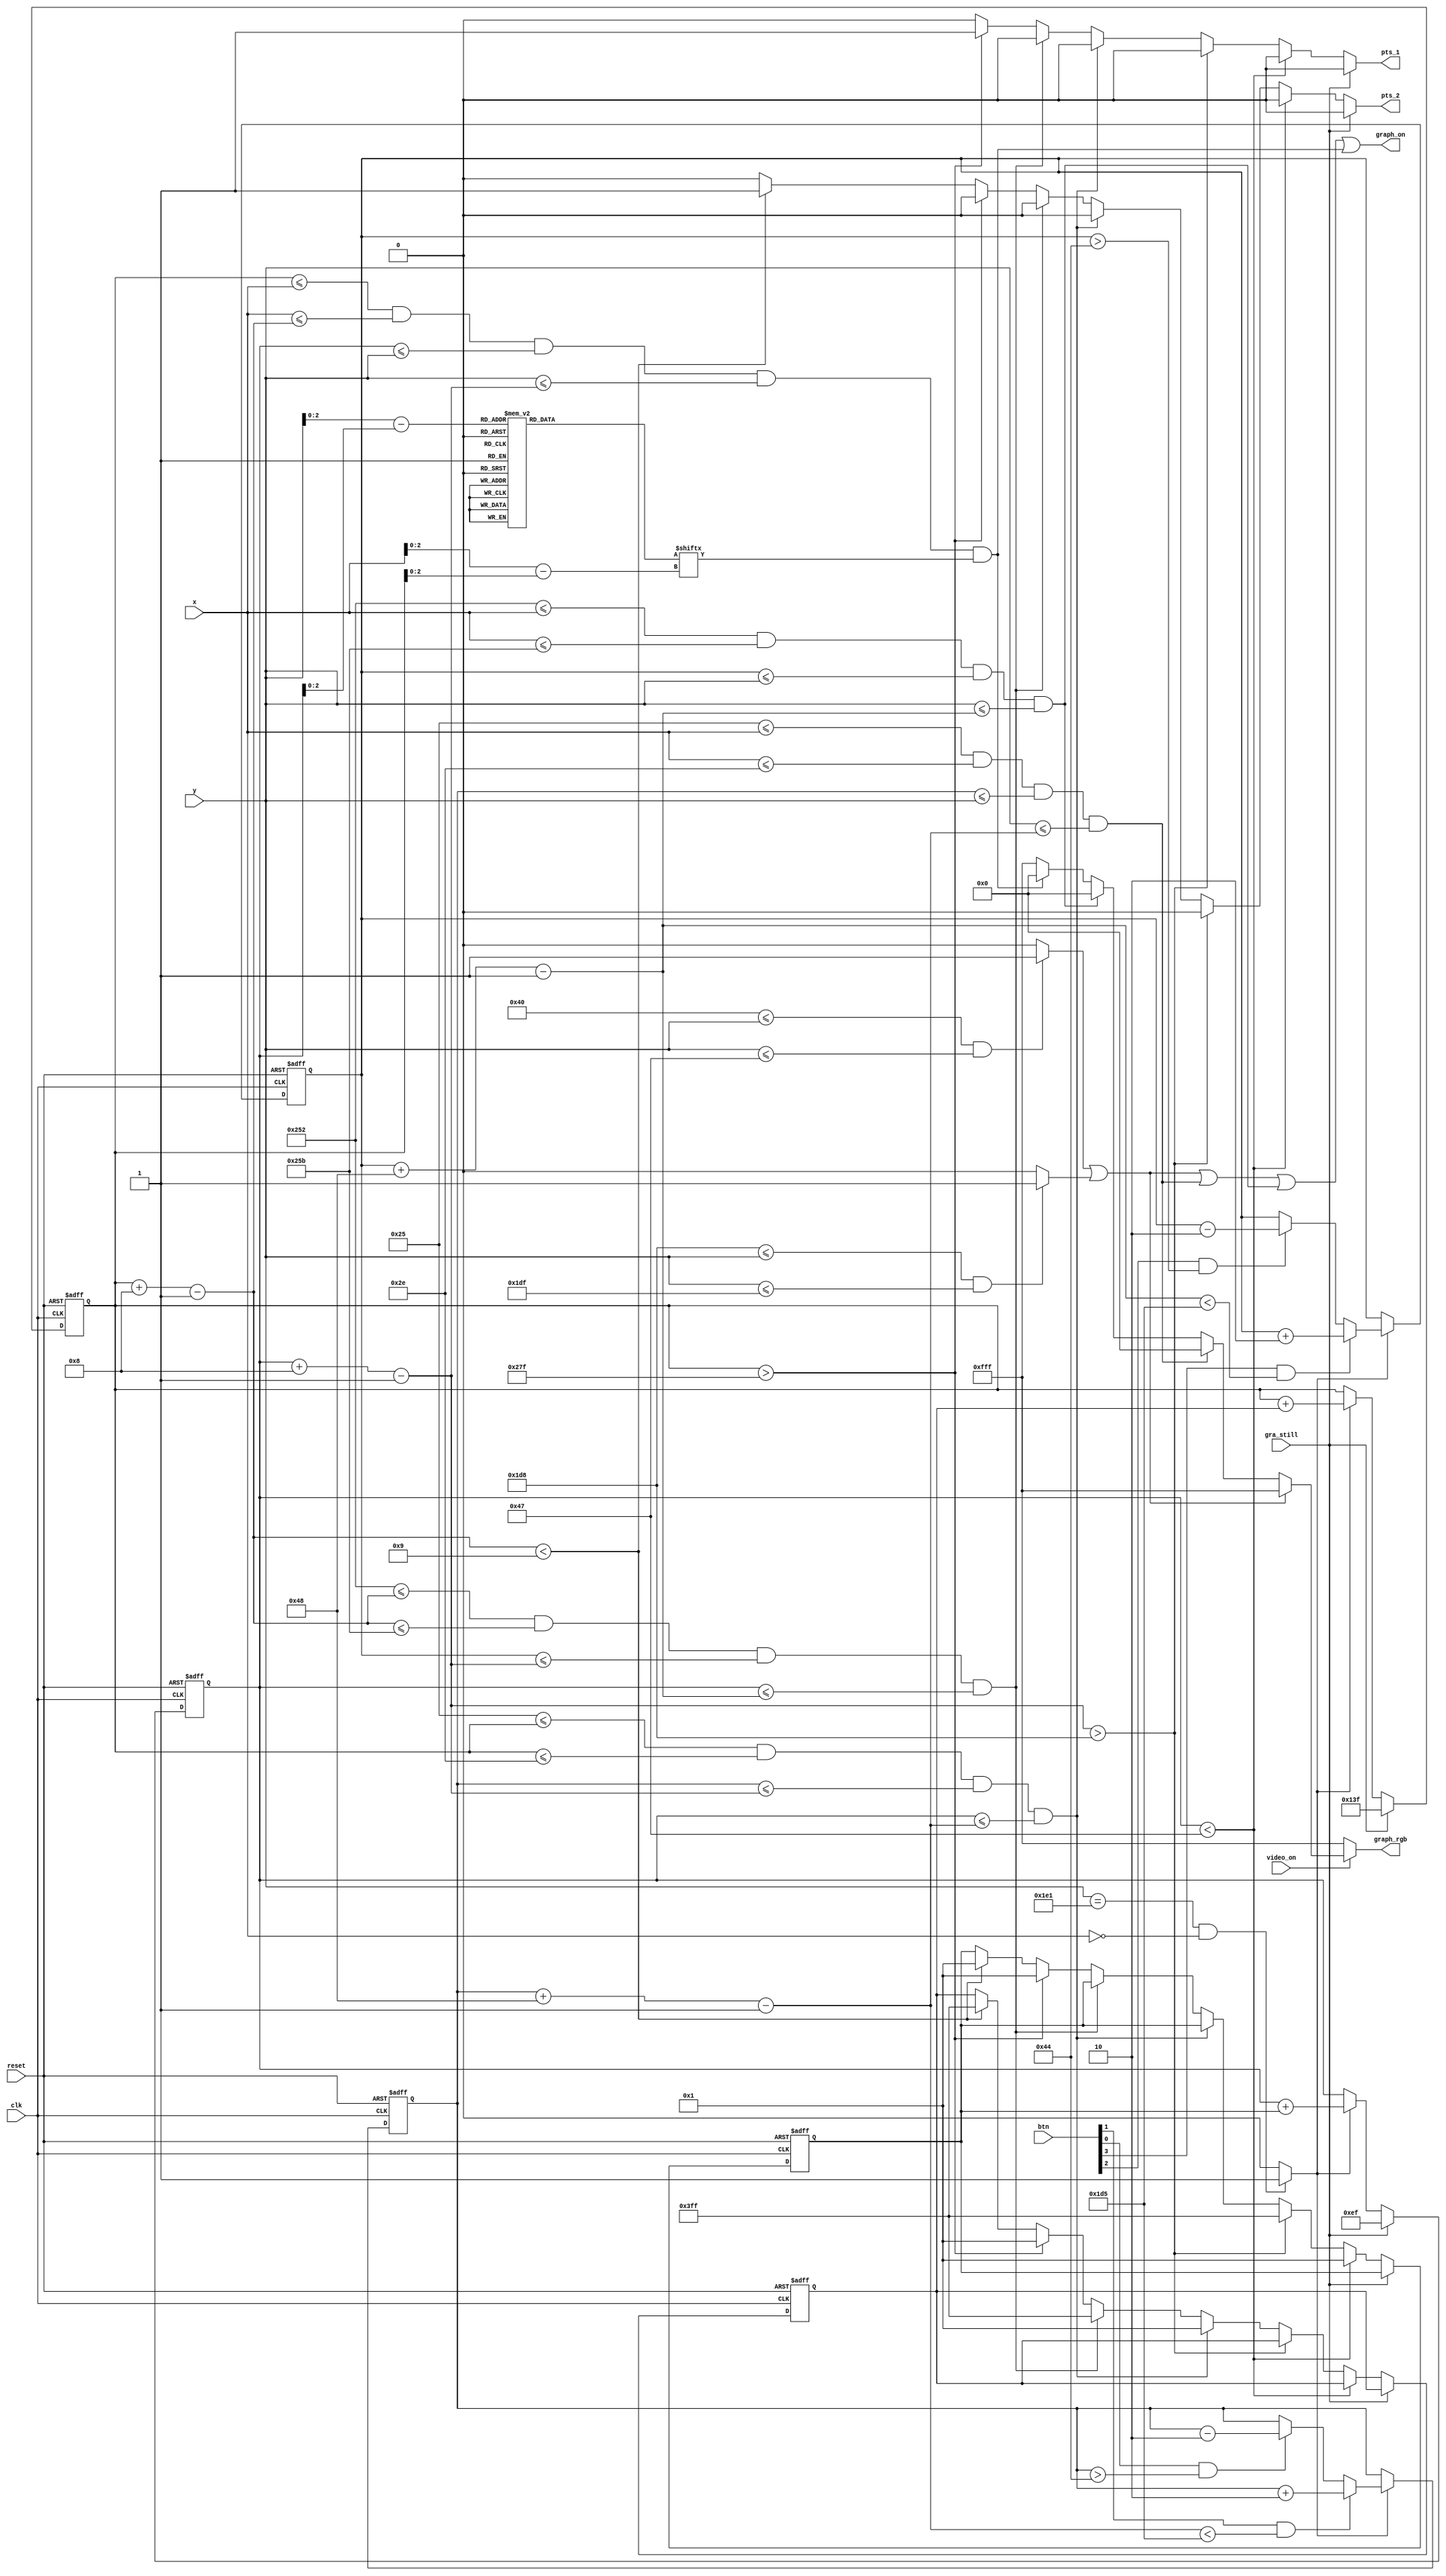
`timescale 1ns / 1ps
//////////////////////////////////////////////////////////////////////////////////
// Reference book: "FPGA Prototyping by Verilog Examples"
//                      "Xilinx Spartan-3 Version"
// Written by: Dr. Pong P. Chu
// Published by: Wiley, 2008
//
// Adapted for Basys 3 by David J. Marion aka FPGA Dude
//
//////////////////////////////////////////////////////////////////////////////////

module graphic_output(
    input clk,  
    input reset,    
    input [3:0] btn,        // btn[0] = 1up, btn[1] = 1down, btn[2] = 2up, btn[3] = 2down
    input gra_still,        // still graphics - newgame, game over states
    input video_on,
    input [9:0] x,
    input [9:0] y,
    output graph_on,
    output reg pts_1,   // Add points to _
    output reg pts_2,
    output reg [11:0] graph_rgb
    );
    
    // maximum x, y values in display area
    parameter X_MAX = 639;
    parameter Y_MAX = 479;
    
    // create 60Hz refresh tick
    wire refresh_tick;
    assign refresh_tick = ((y == 481) && (x == 0)) ? 1 : 0; // start of vsync(vertical retrace)
    
    
    // WALLS
    // LEFT wall boundaries
//    parameter L_WALL_L = 32;    
//    parameter L_WALL_R = 39;    // 8 pixels wide
    // TOP wall boundaries
    parameter T_WALL_T = 64;    
    parameter T_WALL_B = 71;    // 8 pixels wide
    // BOTTOM wall boundaries
    parameter B_WALL_T = 472;    
    parameter B_WALL_B = 479;    // 8 pixels wide
    
    
    
    // PADDLE_1
    // paddle horizontal boundaries
    parameter X_PAD1_L = 37;
    parameter X_PAD1_R = 46;    // 4 pixels wide
    // paddle vertical boundary signals
    wire [9:0] y_pad1_t, y_pad1_b;
    parameter PAD1_HEIGHT = 72;  // 72 pixels high
    // register to track top boundary and buffer
    reg [9:0] y_pad1_reg = 204;      // Paddle starting position
    reg [9:0] y_pad1_next;
    // paddle moving velocity when a button is pressed
    parameter PAD1_VELOCITY = 2;     // change to speed up or slow down paddle movement
    
    // PADDLE_2
    // paddle horizontal boundaries
    parameter X_PAD2_L = 594;
    parameter X_PAD2_R = 603;    // 4 pixels wide
    // paddle vertical boundary signals
    wire [9:0] y_pad2_t, y_pad2_b;
    parameter PAD2_HEIGHT = 72;  // 72 pixels high
    // register to track top boundary and buffer
    reg [9:0] y_pad2_reg = 204;      // Paddle starting position
    reg [9:0] y_pad2_next;
    // paddle moving velocity when a button is pressed
    parameter PAD2_VELOCITY = 2;     // change to speed up or slow down paddle movement
    
    // BALL
    // square rom boundaries
    parameter BALL_SIZE = 8; //8
    // ball horizontal boundary signals
    wire [9:0] x_ball_l, x_ball_r;
    // ball vertical boundary signals
    wire [9:0] y_ball_t, y_ball_b;
    // register to track top left position
    reg [9:0] y_ball_reg, x_ball_reg;
    // signals for register buffer
    wire [9:0] y_ball_next, x_ball_next;
    // registers to track ball speed and buffers
    reg [9:0] x_delta_reg, x_delta_next;
    reg [9:0] y_delta_reg, y_delta_next;
    // positive or negative ball velocity
    parameter BALL_VELOCITY_POS = 1;    // ball speed positive pixel direction(down, right)
    parameter BALL_VELOCITY_NEG = -1;   // ball speed negative pixel direction(up, left)
    // round ball from square image
    wire [2:0] rom_addr, rom_col;   // 3-bit rom address and rom column
    reg [7:0] rom_data;             // data at current rom address
    wire rom_bit;                   // signify when rom data is 1 or 0 for ball rgb control
    
    
    // Register Control
    always @(posedge clk or posedge reset)
        if(reset) begin
            y_pad1_reg <= 204;
            y_pad2_reg <= 204;
            x_ball_reg <= 0;
            y_ball_reg <= 0;
            x_delta_reg <= -10'h001;
            y_delta_reg <= 10'h001;
        end
        else begin
            y_pad1_reg <= y_pad1_next;
            y_pad2_reg <= y_pad2_next;
            x_ball_reg <= x_ball_next;
            y_ball_reg <= y_ball_next;
            x_delta_reg <= x_delta_next;
            y_delta_reg <= y_delta_next;
        end
    
    
    // ball rom
    always @*
        case(rom_addr)
            3'b000 :    rom_data = 8'b00111100; //   ****  
            3'b001 :    rom_data = 8'b01111110; //  ******
            3'b010 :    rom_data = 8'b01111110; //  ******
            3'b011 :    rom_data = 8'b11111111; // ********
            3'b100 :    rom_data = 8'b11111111; // ********
            3'b101 :    rom_data = 8'b01111110; //  ******
            3'b110 :    rom_data = 8'b01111110; //  ******
            3'b111 :    rom_data = 8'b00111100; //   ****
        endcase
    
    
    // OBJECT STATUS SIGNALS
    wire t_wall_on, b_wall_on, pad1_on, pad2_on, sq_ball_on, ball_on;
    wire [11:0] wall_rgb, pad1_rgb, pad2_rgb, ball_rgb, bg_rgb;
    
    
    // pixel within wall boundaries
//    assign l_wall_on = ((L_WALL_L <= x) && (x <= L_WALL_R)) ? 1 : 0;
    assign t_wall_on = ((T_WALL_T <= y) && (y <= T_WALL_B)) ? 1 : 0;
    assign b_wall_on = ((B_WALL_T <= y) && (y <= B_WALL_B)) ? 1 : 0;
    
    
    // assign object colors
    assign wall_rgb   = 12'hFFF;    // blue walls
    assign pad1_rgb    = 12'h000;    // blue paddle
    assign pad2_rgb    = 12'h000;    // green paddle
    assign ball_rgb   = 12'h000;    // red ball
    assign bg_rgb     = 12'hFFF;    // black background
    
    // paddle_1
    assign y_pad1_t = y_pad1_reg;                             // paddle top position
    assign y_pad1_b = y_pad1_t + PAD1_HEIGHT - 1;              // paddle bottom position
    assign pad1_on = (X_PAD1_L <= x) && (x <= X_PAD1_R) &&     // pixel within paddle boundaries
                    (y_pad1_t <= y) && (y <= y_pad1_b);
       
    // paddle_2
    assign y_pad2_t = y_pad2_reg;                             // paddle top position
    assign y_pad2_b = y_pad2_t + PAD2_HEIGHT - 1;              // paddle bottom position
    assign pad2_on = (X_PAD2_L <= x) && (x <= X_PAD2_R) &&     // pixel within paddle boundaries
                    (y_pad2_t <= y) && (y <= y_pad2_b);
       
                    
    // Paddle_1 Control
    always @* begin
        y_pad1_next = y_pad1_reg;     // no move
        
        if(refresh_tick)
            if(btn[1] & (y_pad1_b < (B_WALL_T - 1 - PAD1_VELOCITY)))
                y_pad1_next = y_pad1_reg + PAD1_VELOCITY;  // move down
            else if(btn[0] & (y_pad1_t > (T_WALL_B - 1 - PAD1_VELOCITY)))
                y_pad1_next = y_pad1_reg - PAD1_VELOCITY;  // move up
    end
    
    // Paddle_2 Control
    always @* begin
        y_pad2_next = y_pad2_reg;     // no move
        
        if(refresh_tick)
            if(btn[3] & (y_pad2_b < (B_WALL_T - 1 - PAD2_VELOCITY)))
                y_pad2_next = y_pad2_reg + PAD2_VELOCITY;  // move down
            else if(btn[2] & (y_pad2_t > (T_WALL_B - 1 - PAD2_VELOCITY)))
                y_pad2_next = y_pad2_reg - PAD2_VELOCITY;  // move up
    end
    
    
    // rom data square boundaries
    assign x_ball_l = x_ball_reg;
    assign y_ball_t = y_ball_reg;
    assign x_ball_r = x_ball_l + BALL_SIZE - 1;
    assign y_ball_b = y_ball_t + BALL_SIZE - 1;
    // pixel within rom square boundaries
    assign sq_ball_on = (x_ball_l <= x) && (x <= x_ball_r) &&
                        (y_ball_t <= y) && (y <= y_ball_b);
    // map current pixel location to rom addr/col
    assign rom_addr = y[2:0] - y_ball_t[2:0];   // 3-bit address
    assign rom_col = x[2:0] - x_ball_l[2:0];    // 3-bit column index
    assign rom_bit = rom_data[rom_col];         // 1-bit signal rom data by column
    // pixel within round ball
    assign ball_on = sq_ball_on & rom_bit;      // within square boundaries AND rom data bit == 1
 
  
    // new ball position
    assign x_ball_next = (gra_still) ? X_MAX / 2 :
                         (refresh_tick) ? x_ball_reg + x_delta_reg : x_ball_reg;
    assign y_ball_next = (gra_still) ? Y_MAX / 2 :
                         (refresh_tick) ? y_ball_reg + y_delta_reg : y_ball_reg;
    
    // change ball direction after collision
    always @* begin
        pts_1 = 1'b0;
        pts_2 = 1'b0;
        x_delta_next = x_delta_reg;
        y_delta_next = y_delta_reg;
        
        if(gra_still) begin

        end
        
        else if(y_ball_t < T_WALL_B)                   // reach top
            y_delta_next = BALL_VELOCITY_POS;   // move down
        
        else if(y_ball_b > (B_WALL_T))         // reach bottom wall
            y_delta_next = BALL_VELOCITY_NEG;   // move up
        
        //tod
//        else if(x_ball_l <= X_PAD1_R)           // reach left paddle_1
//            x_delta_next = BALL_VELOCITY_POS;   // move right
            
//        else if(x_ball_r >= X_PAD2_L)           // reach right paddle_2
//            x_delta_next = BALL_VELOCITY_NEG;   // move left
        //tod
        
//        else if((X_PAD_L <= x_ball_r) && (x_ball_r <= X_PAD_R) &&
//                (y_pad_t <= y_ball_b) && (y_ball_t <= y_pad_b)) begin
//                    x_delta_next = BALL_VELOCITY_NEG;
//                    hit = 1'b1; 
       
        // hit by paddle_1
        else if((X_PAD1_L <= x_ball_l) && (x_ball_l <= X_PAD1_R) &&
                (y_pad1_t <= y_ball_b) && (y_ball_t <= y_pad1_b)) begin
                    x_delta_next = BALL_VELOCITY_POS;  
        end  
        
        // hit by paddle_2
        else if((X_PAD2_L <= x_ball_r) && (x_ball_r <= X_PAD2_R) &&
                (y_pad2_t <= y_ball_b) && (y_ball_t <= y_pad2_b)) begin
                    x_delta_next = BALL_VELOCITY_NEG;              
        end
        
        else if(x_ball_l > X_MAX) begin // 1 get point
            pts_1 = 1'b1;  
            x_delta_next = BALL_VELOCITY_POS;
            y_delta_next = BALL_VELOCITY_POS; 
        end
        else if(x_ball_r < 9) begin // 2 get pint
            pts_2 = 1'b1;   
            x_delta_next = BALL_VELOCITY_NEG;
            y_delta_next = BALL_VELOCITY_POS;   
        end 
    end                    
    
    // output status signal for graphics 
    assign graph_on = t_wall_on | b_wall_on | pad1_on | pad2_on | ball_on;
    
    // rgb multiplexing circuit
    always @*
        if(~video_on)
            graph_rgb = 12'hFFF;      // no value, blank
        else
            if(t_wall_on | b_wall_on)
                graph_rgb = wall_rgb;     // wall color
            else if(pad1_on)
                graph_rgb = pad1_rgb;      // paddle_1 color
            else if(pad2_on)
                graph_rgb = pad2_rgb;      // paddle_2 color
            else if(ball_on)
                graph_rgb = ball_rgb;     // ball color
            else
                graph_rgb = bg_rgb;       // background
       
endmodule